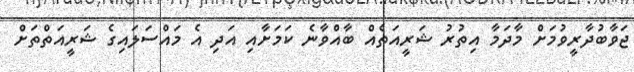
ޖަވާބުދާރީވުމަށް މާދަމާ އިތުރު ޝަރީއަތެއް ބާއްވާނެ ކަމަށާއި އަދި އެ މައްސަލައިގެ ޝަރީއަތްތަށް